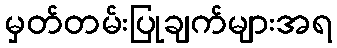
မှတ်တမ်းပြုချက်များအရ